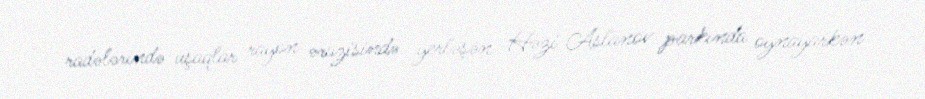
radələrində uşaqlar rayon ərazisində yerləşən Həzi Aslanov parkında oynayarkən